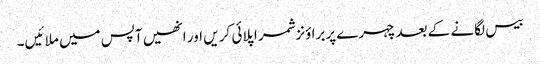
بیس لگانے کے بعدچہرے پربرا ؤنزشمر اپلائی کر یں اور انھیں آپس میں ملا ئیں۔